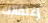
إعتقالك